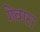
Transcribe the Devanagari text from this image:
गेवारा